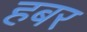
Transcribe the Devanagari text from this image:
हबर